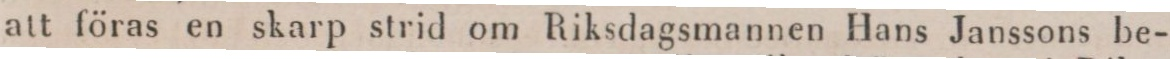
att föras en skarp strid om Riksdagsmannen Hans Janssons be-